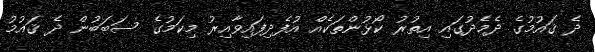
ދެ ޤައުމުގެ ދެމެދުގައި އިތުރު ކޯޅުންތަކެއް އުފެދިފައިވާއިރު މިކަމުގެ ސަބަބުން ދެ ޤައުމު